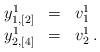
LaTeX: \begin{align*}\begin{array}{ccl}y_{1,[2]}^{1} & = & v_{1}^{1}\\y_{2,[4]}^{1} & = & v_{2}^{1}\,.\end{array}\end{align*}